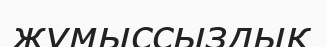
жұмыссыздық